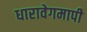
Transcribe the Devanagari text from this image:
धारावेगमापी